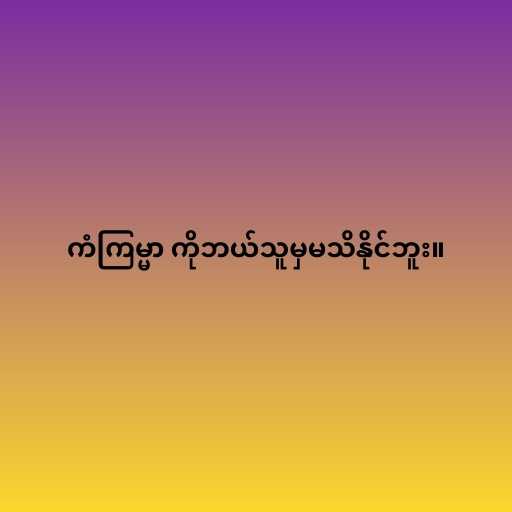
ကံကြမ္မာ ကိုဘယ်သူမှမသိနိုင်ဘူး။